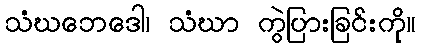
သံဃဘေဒေါ၊ သံဃာ ကွဲပြားခြင်းကို။